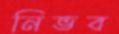
নিভব